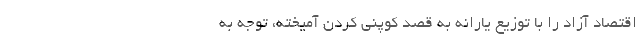
اقتصاد آزاد را با توزیع یارانه به قصد کوپنی کردن آمیخته، توجه به